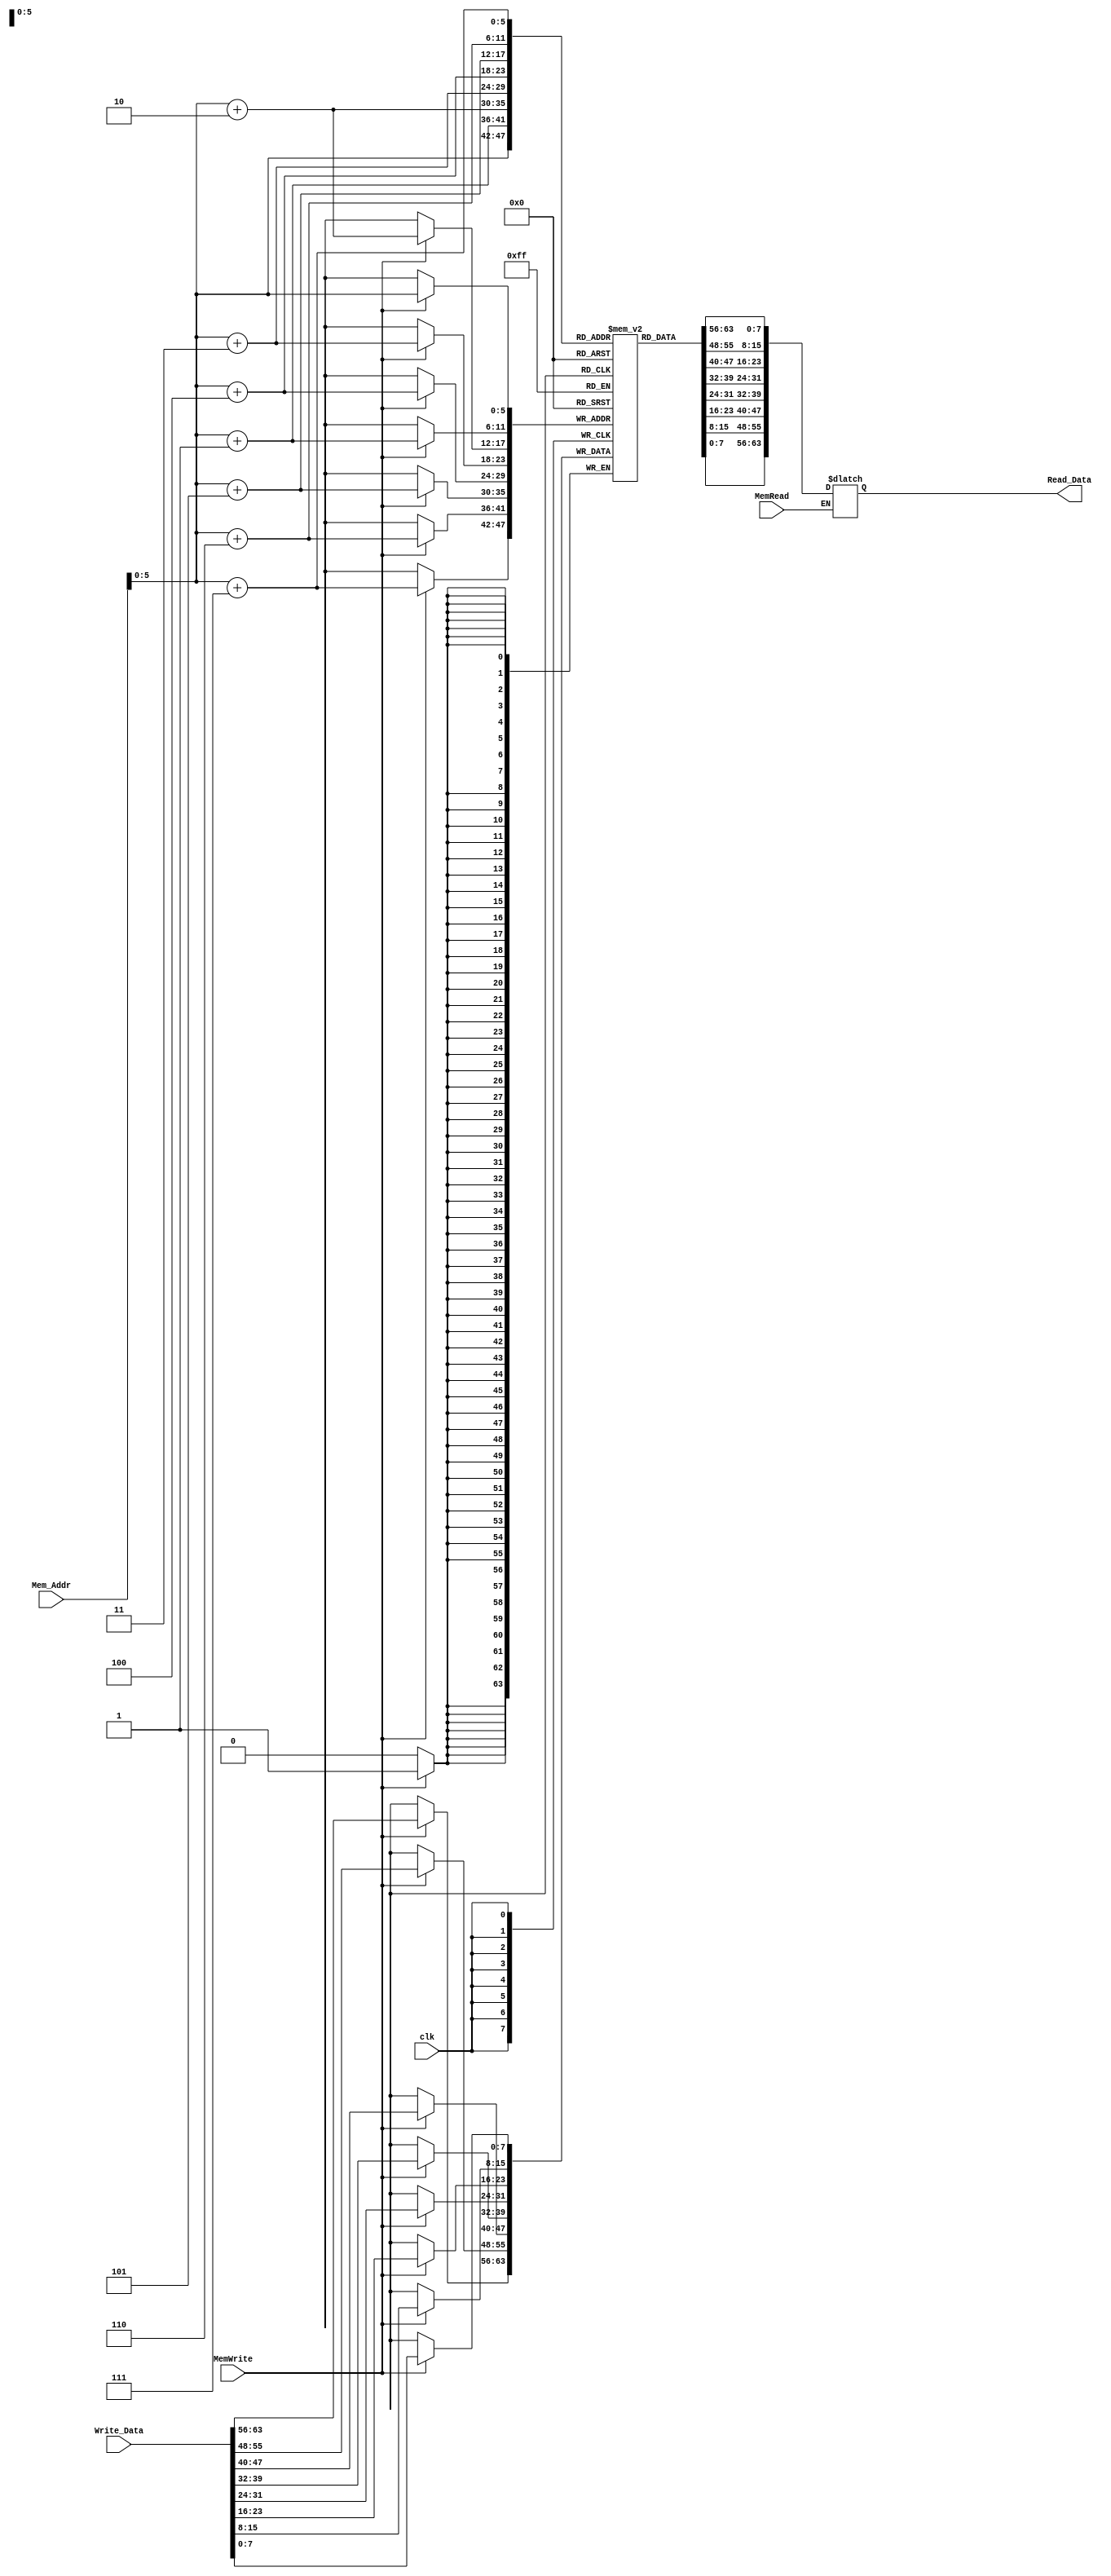
module Data_Memory(
	input [63:0] Mem_Addr, Write_Data,
	input clk, MemWrite, MemRead,
	output reg [63:0] Read_Data
);

reg [7:0] memory [63:0];
reg [7:0] i1;
reg [7:0] i2;
reg [7:0] i3;
reg [7:0] i4;
reg [7:0] i5;
reg [7:0] i6;
reg [7:0] i7;
reg [7:0] i8;
integer i;

initial
begin
	for (i = 0; i < 64; i = i + 1)
	begin
			memory[i] = i;
	end
end

always @ (posedge clk)
begin
	if (MemWrite)
	begin
		memory[Mem_Addr] = Write_Data[7:0];
		memory[Mem_Addr + 1] = Write_Data[15:8];
		memory[Mem_Addr + 2] = Write_Data[23:16];
		memory[Mem_Addr + 3] = Write_Data[31:24];
		memory[Mem_Addr + 4] = Write_Data[39:32];
		memory[Mem_Addr + 5] = Write_Data[47:40];
		memory[Mem_Addr + 6] = Write_Data[55:48];
		memory[Mem_Addr + 7] = Write_Data[63:56];
	end
end

always @ (Mem_Addr)
begin
	if (MemRead)
	begin
		i1 = memory[Mem_Addr];
		i2 = memory[Mem_Addr + 1];
		i3 = memory[Mem_Addr + 2];
		i4 = memory[Mem_Addr + 3];
		i5 = memory[Mem_Addr + 4];
		i6 = memory[Mem_Addr + 5];
		i7 = memory[Mem_Addr + 6];
		i8 = memory[Mem_Addr + 7];
		Read_Data = {i8, i7, i6, i5, i4, i3, i2, i1};
	end
end
endmodule